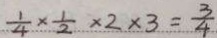
\frac { 1 } { 4 } \times \frac { 1 } { 2 } \times 2 \times 3 = \frac { 3 } { 4 }